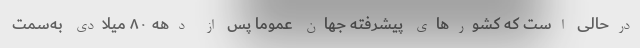
درحالی است که کشورهای پیشرفته جهان عموما پس از دهه ۸۰ میلادی به‌سمت